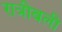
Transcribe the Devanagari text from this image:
रात्रीबली